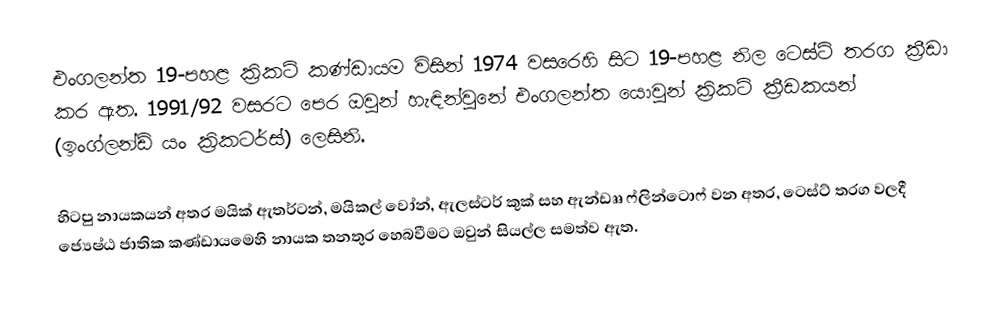
එංගලන්ත 19-පහළ ක්‍රිකට් කණ්ඩායම විසින් 1974 වසරෙහි සිට 19-පහළ නිල ටෙස්ට් තරග ක්‍රීඩා කර ඇත. 1991/92 වසරට පෙර ඔවුන් හැඳින්වුනේ එංගලන්ත යොවුන් ක්‍රිකට් ක්‍රීඩකයන් (ඉංග්ලන්ඩ් යං ක්‍රිකටර්ස්) ලෙසිනි.

හිටපු නායකයන් අතර මයික් ඇතර්ටන්, මයිකල් වෝන්, ඇලස්ටර් කුක් සහ ඇන්ඩෲ ෆ්ලින්ටොෆ් වන අතර, ටෙස්ට් තරග වලදී ජ්‍යෙෂ්ඨ ජාතික කණ්ඩායමෙහි නායක තනතුර හෙබවීමට ඔවුන් සියල්ල සමත්ව ඇත.